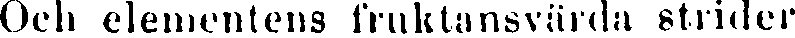
Och elementens fruktansvärda strider